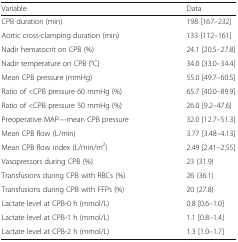
<table><thead><tr><td><b>Variable</b></td><td><b>Data</b></td></tr></thead><tbody><tr><td>CPB duration (min)</td><td>198 [167–232]</td></tr><tr><td>Aortic cross-clamping duration (min)</td><td>133 [112–161]</td></tr><tr><td>Nadir hematocrit on CPB (%)</td><td>24.1 [20.5–27.8]</td></tr><tr><td>Nadir temperature on CPB (°C)</td><td>34.0 [33.0–34.4]</td></tr><tr><td>Mean CPB pressure (mmHg)</td><td>55.0 [49.7–60.5]</td></tr><tr><td>Ratio of &lt;CPB pressure 60 mmHg (%)</td><td>65.7 [40.0–89.9]</td></tr><tr><td>Ratio of &lt;CPB pressure 50 mmHg (%)</td><td>26.0 [9.2–47.6]</td></tr><tr><td>Preoperative MAP—mean CPB pressure</td><td>32.0 [12.7–51.3]</td></tr><tr><td>Mean CPB flow (L/min)</td><td>3.77 [3.48–4.13]</td></tr><tr><td>Mean CPB flow index (L/min/m<sup>2</sup>)</td><td>2.49 [2.41–2.55]</td></tr><tr><td>Vasopressors during CPB (%)</td><td>23 (31.9)</td></tr><tr><td>Transfusions during CPB with RBCs (%)</td><td>26 (36.1)</td></tr><tr><td>Transfusions during CPB with FFPs (%)</td><td>20 (27.8)</td></tr><tr><td>Lactate level at CPB-0 h (mmol/L)</td><td>0.8 [0.6–1.0]</td></tr><tr><td>Lactate level at CPB-1 h (mmol/L)</td><td>1.1 [0.8–1.4]</td></tr><tr><td>Lactate level at CPB-2 h (mmol/L)</td><td>1.3 [1.0–1.7]</td></tr></tbody></table>